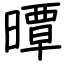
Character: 曋